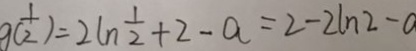
9 ( \frac { 1 } { 2 } ) = 2 \ln \frac { 1 } { 2 } + 2 - a = 2 - 2 \ln 2 -